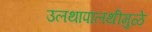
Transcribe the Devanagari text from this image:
उलथापालथीमुळे